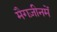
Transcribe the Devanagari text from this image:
मैगज़ीनमें